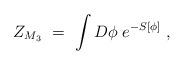
LaTeX: \begin{align*} Z_{M_3} \ = \ \int D\phi \; e^{-S[\phi]} \; ,\end{align*}